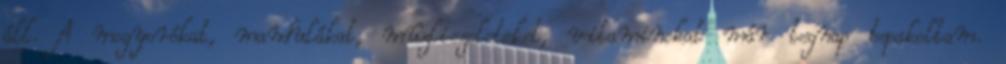
áll. A mogyorókat, mandulákat, mûzliszeleteket, vitaminokat már tegnap bepakoltam.